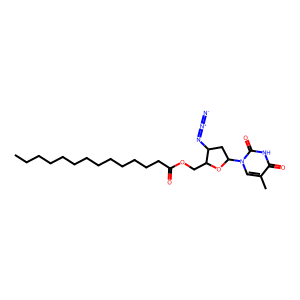
SMILES: CCCCCCCCCCCCCC(=O)OCC1OC(n2cc(C)c(=O)[nH]c2=O)CC1N=[N+]=[N-]
Inhibits HIV replication: Yes